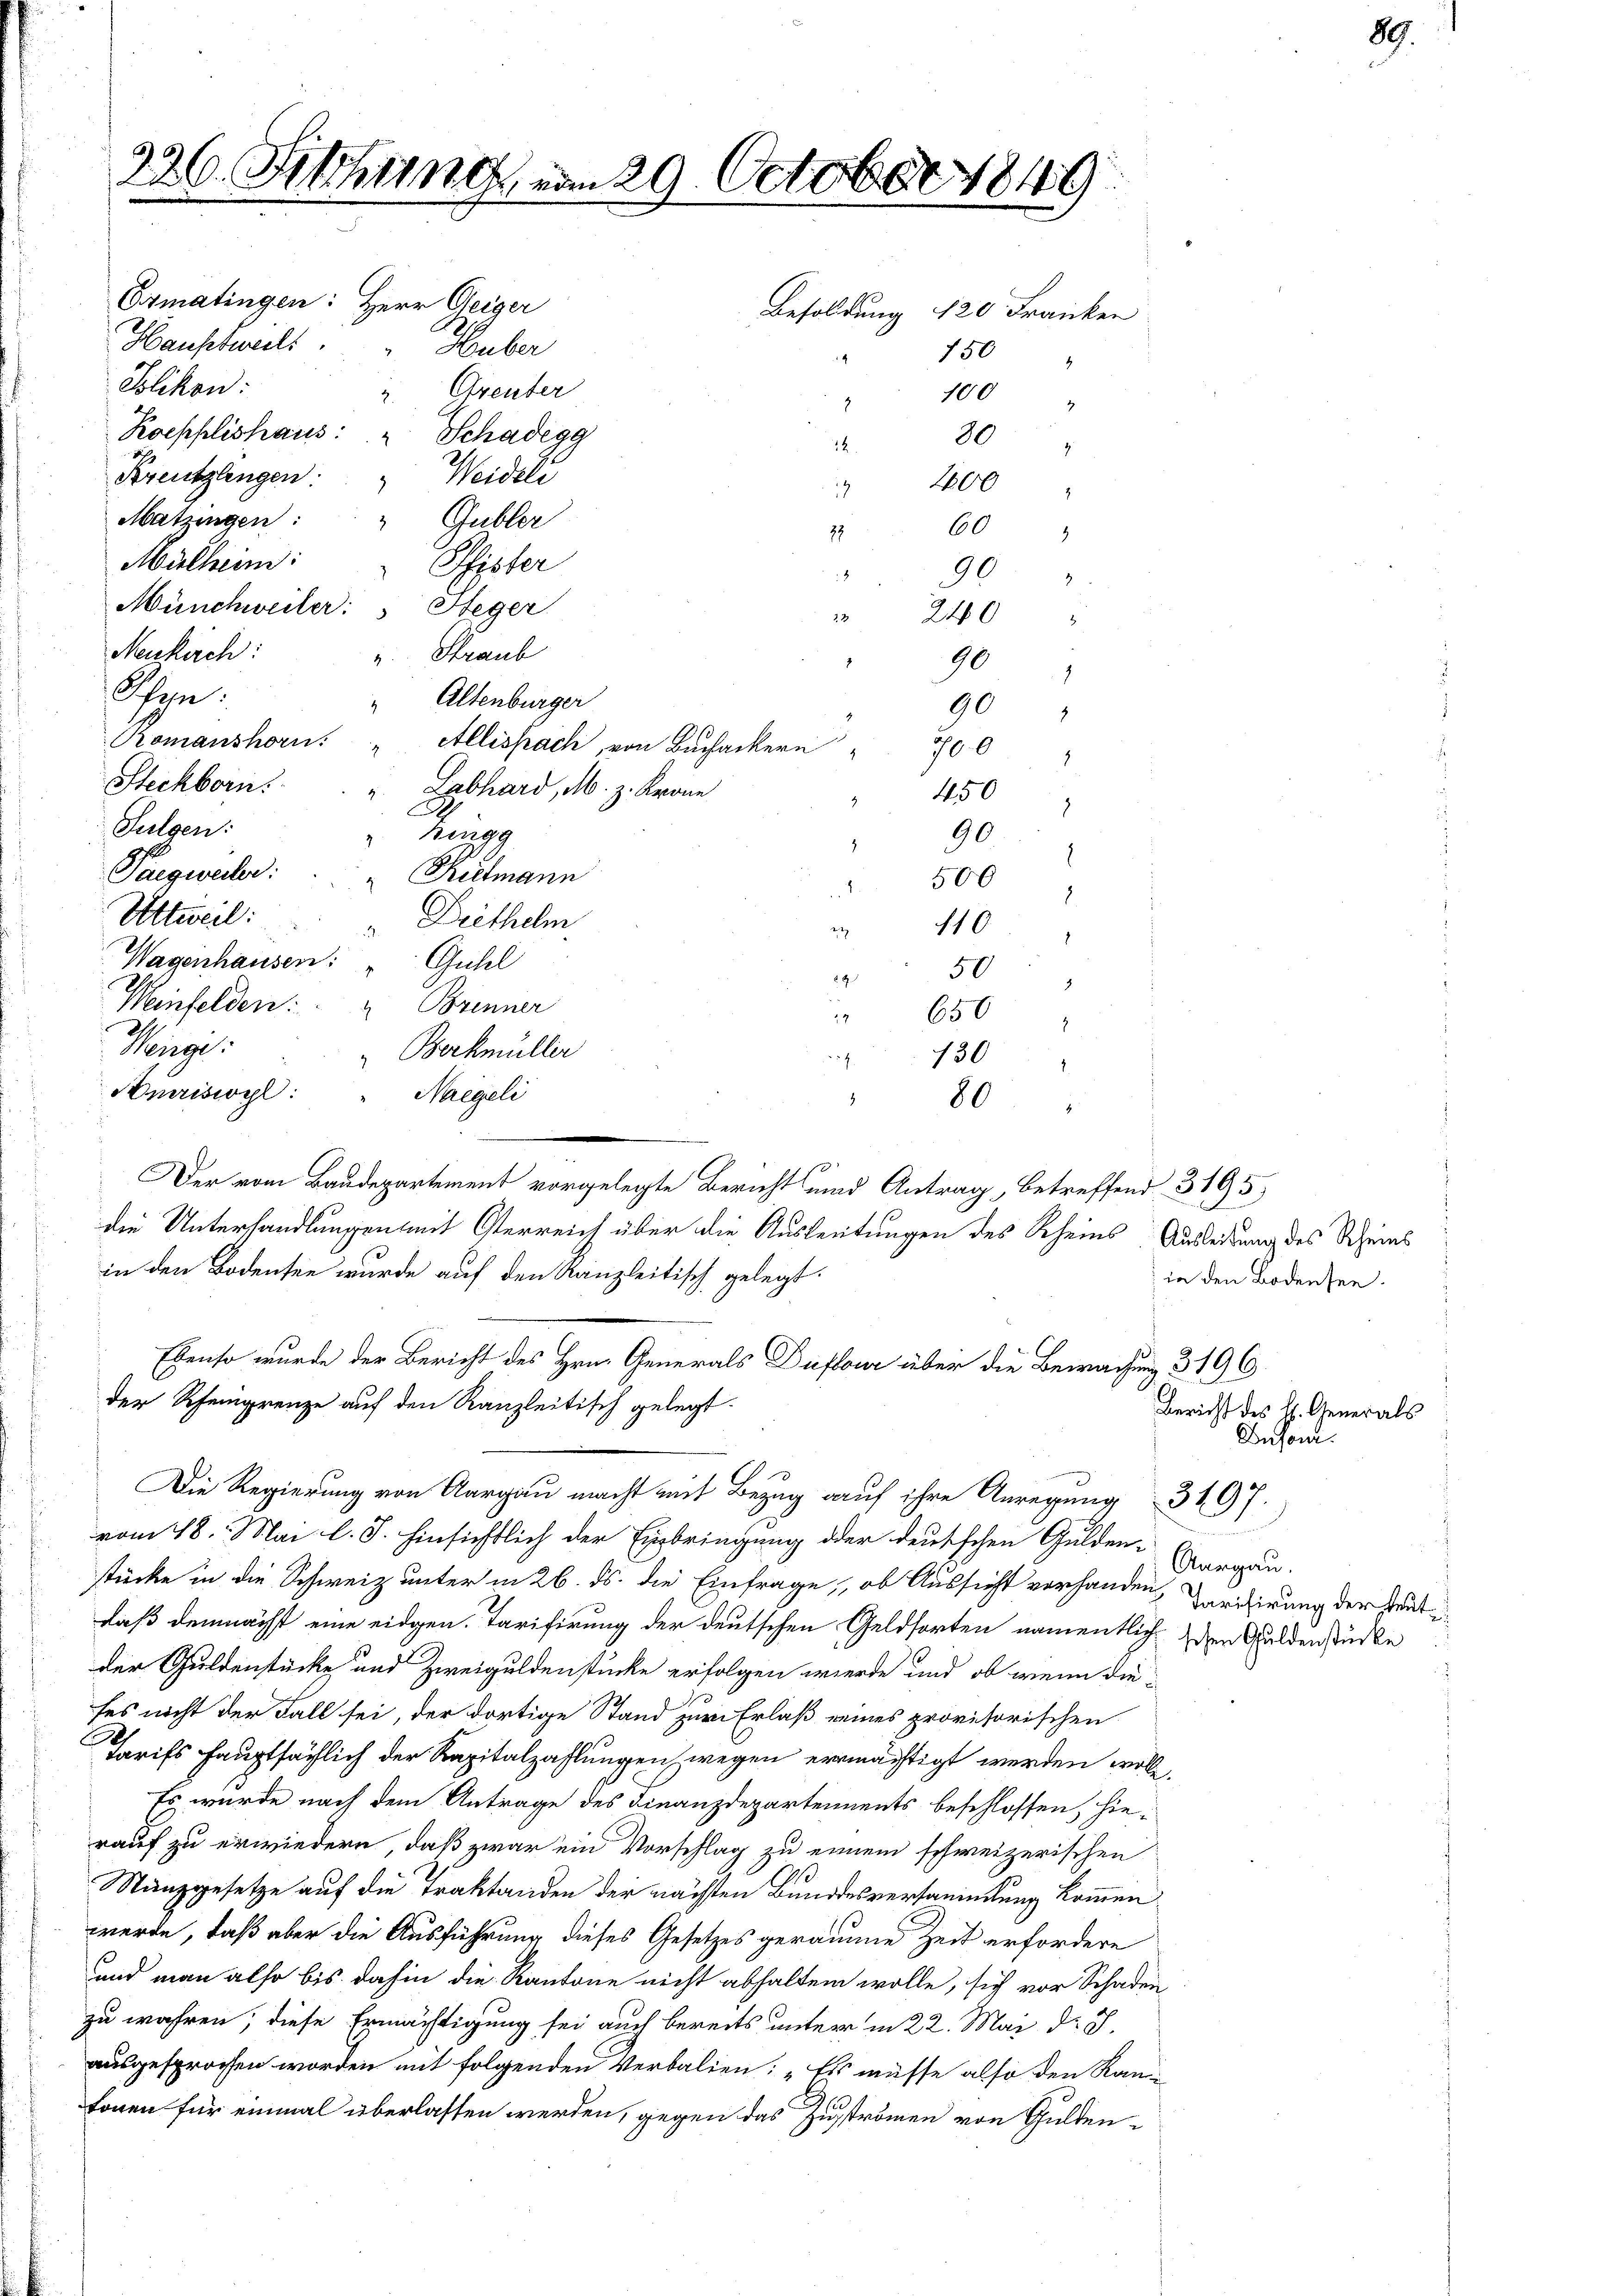
9
C. Schinei

Ermatingen: Herr Geiger
Hauptweils
Blikon:
Koepflishaus: " Schadegg
30
Kreuzlingen: " Weideli
 200 "
Matzingen: " Gubler
60
Mülheim:
90
Münchweiler: " Heger
Neukirch:
90
hyn.
2
90
Romanshorn.
7
Sulgen:
 hingg
90
s
Paegweilen:
500
1
Altweil:
110.
2
.
Wagenhausen: " Guhl
50
Weinfelden: " Brenner
650
21.
130
Meige:
Berkmüller
Amriswyl:
"Naegeli
80
z
—
0
Der vom Baudepartement vorgelegte Bericht und Antrag, betreffend 3195
die Unterhandlungen mit Osterreich über die Ausleitungen des Rheins
in den Bodensee wurde auf den Kanzleitisch gelegt.
Ebenso wurde der Bericht des Hrn. Generals Dufour über die Bewachung 3196.

Steckborn.

der Rheingrenze auf den Kanzleitisch gelegt.

29. Octo

Huber
Greuter
24
27
Pfister
2
v. Straub
Altenburger
Allispach, von Buchackern
Labhard, M. z. Krone
Rielmann
Diethelm

Besoldung 120 Franken
750
100 "
x

240 "

450

700

Die Regierung von Aargau macht mit Bezug auf ihre Anregung 3497.
vom 18. Mai l. J. hinsichtlich der Einbringung oder deutschen Gulden-Aargau.

stücke in die Schweiz unter in 26. ds. die Einfrage, ob Aussicht vorhanden, Carigirung der heut
daß demnächst eine eidgen. Tarifirung der deutschen Geldsorten namentlich den Guldenstücke
der Guldenstücke und Zweiguldenstücke erfolgen werde und ob wenn die
ses nicht der Fall sei, der dortige Stand zur Erlaß eines provisorischen
Tarifs hauptsächlich der Kapitalzahlungen wegen ermächtigt werden wolle,
Es wurde nach dem Antrage des Finanzdepartements beschlossen, hierauf zu erwiedern, daß zwar ein Vorschlag zu einem schweizerischen
e
MMünzgesetze auf die Traktanden der nächsten Bundesversammlung kommen
werde, daß aber die Ausführung dieses Gesetzes geräume Zeit erfordere
Land man also bis dahin die Kantone nicht abhalten wolle, sich vor Schaden
zu wahren; diese Ermächtigung sei auch bereits unter in 22. Mai d. J.
ausgesprochen worden mit folgenden Verbalien: „Es müsse also den Kantonen für einmal überlassen werden, gegen das Zuströmen von Gulden¬

Ausleitung des Rheins
in den Bodensee.

Bericht des H. Generals
Desom.